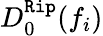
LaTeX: D_{0}^{\texttt{Rip}}(f_{i})